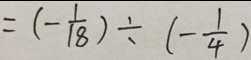
= ( - \frac { 1 } { 1 8 } ) \div ( - \frac { 1 } { 4 } )